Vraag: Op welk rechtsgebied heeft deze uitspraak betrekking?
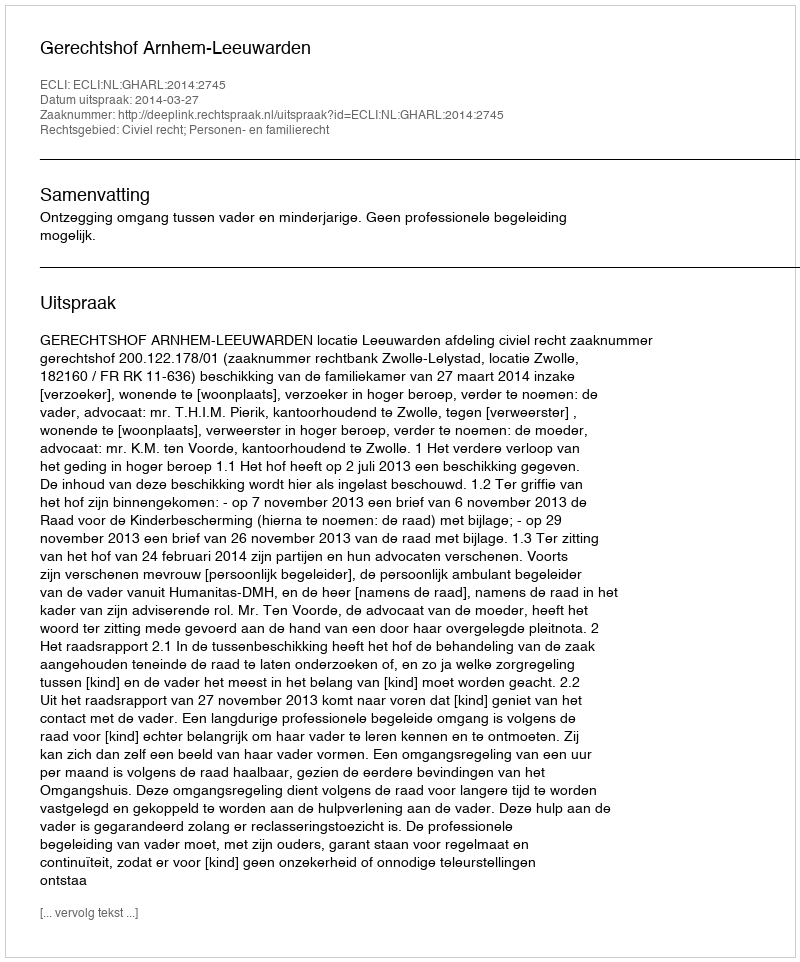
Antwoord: Civiel recht; Personen- en familierecht